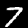
Label: 7